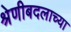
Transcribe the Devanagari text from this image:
श्रेणीबदलाच्या